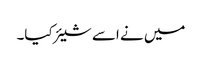
میں نے اسے شیئر کیا۔